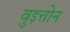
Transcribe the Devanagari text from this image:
वुइत्तोन